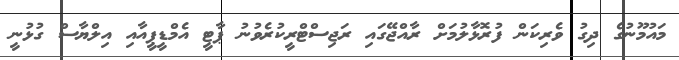
މައުމޫނުގެ ދިގު ވެރިކަން ފުރޮޅާލުމަށް ރާއްޖޭގައި ރަޖިސްޓްރީކުރެވުނު ޕާޓީ އެމްޑީޕީއާއި އިލްޔާސް ގުޅުނީ